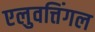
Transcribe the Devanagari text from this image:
एलुवत्तिंगल